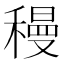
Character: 䅼